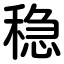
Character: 稳